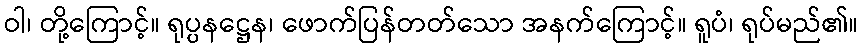
ဝါ၊ တို့ကြောင့်။ ရုပ္ပနဋ္ဌေန၊ ဖောက်ပြန်တတ်သော အနက်ကြောင့်။ ရူပံ၊ ရုပ်မည်၏။